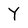
Character: Y